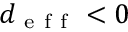
d _ { \mathrm { ~ e ~ f ~ f ~ } } < 0